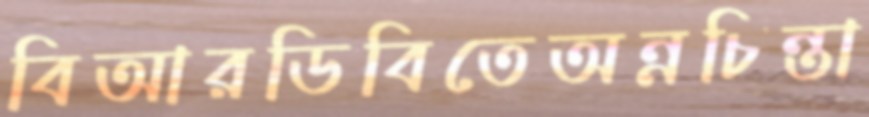
বিআরডিবিতেঅন্নচিন্তা